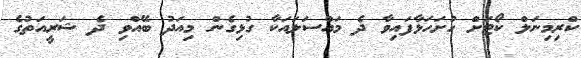
ކްރިމިނަލް ކޯޓަށް ހުށަހަޅާފައިވާ ދެ މައްސަލައަކާ ގުޅިގެން މިއަދު ބޭއްވި ދެ ޝަރީއަތުގެ